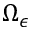
\Omega _ { \epsilon }